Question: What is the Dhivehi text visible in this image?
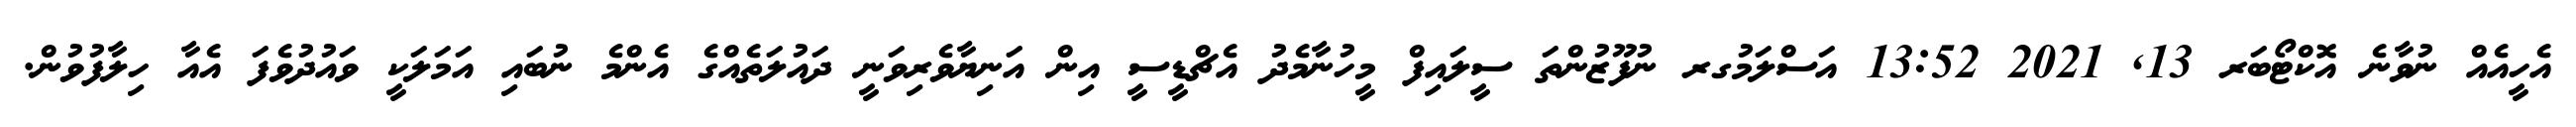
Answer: އެހީއެއް ނުވާނެ އޮކްޓޯބަރ 13, 2021 13:52 އަސްލަމުގރ ނުފޫޒުންތަ ސީލައިފް މީހުނާމެދު އެޗްޑީސީ އިން އަނިޔާވެރިވަނީ ދައުލަތެއްގެ އެންމެ ނުބައި އަމަލަކީ ވައުދުވެފަ އެއާ ހިލާފުވުން.